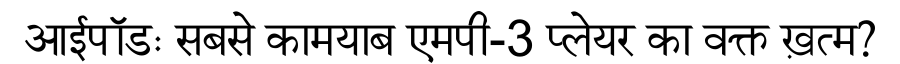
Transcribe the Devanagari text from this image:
आईपॉडः सबसे कामयाब एमपी-3 प्लेयर का वक्त ख़त्म?